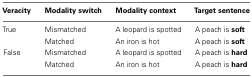
<table><thead><tr><td><b>Veracity</b></td><td><b>Modality switch</b></td><td><b>Modality context</b></td><td><b>Target sentence</b></td></tr></thead><tbody><tr><td>True</td><td>Mismatched</td><td>A leopard is spotted</td><td>A peach is <b>soft</b></td></tr><tr><td></td><td>Matched</td><td>An iron is hot</td><td>A peach is <b>soft</b></td></tr><tr><td>False</td><td>Mismatched</td><td>A leopard is spotted</td><td>A peach is <b>hard</b></td></tr><tr><td></td><td>Matched</td><td>An iron is hot</td><td>A peach is <b>hard</b></td></tr></tbody></table>